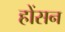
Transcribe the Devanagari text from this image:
होंसन